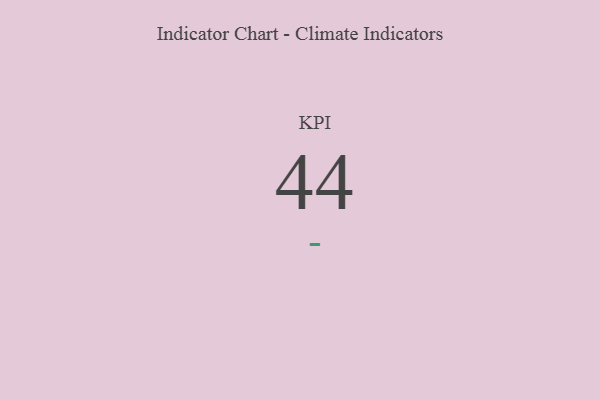
{"axis": {"x": "KPI", "y": "Value"}, "legend": [""], "data": [{"x": "KPI", "y": 44, "type": ""}]}